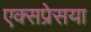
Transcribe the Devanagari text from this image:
एक्सप्रेसया